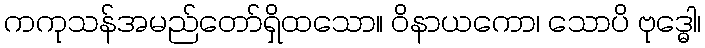
ကကုသန်အမည်တော်ရှိထသော။ ဝိနာယကော၊ သောပိ ဗုဒ္ဓေါ၊